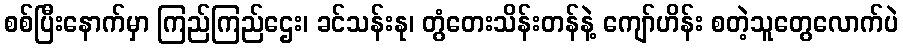
စစ်ပြီးနောက်မှာ ကြည်ကြည်ဌေး၊ ခင်သန်းနု၊ တွံတေးသိန်းတန်နဲ့ ကျော်ဟိန်း စတဲ့သူတွေလောက်ပဲ